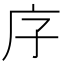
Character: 𭙒